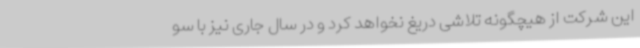
این شرکت از هیچگونه تلاشی دریغ نخواهد کرد و در سال جاری نیز با سو